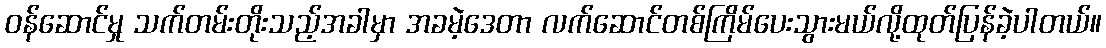
ဝန်ဆောင်မှု သက်တမ်းတိုးသည့်အခါမှာ အခမဲ့ဒေတာ လက်ဆောင်တစ်ကြိမ်ပေးသွားမယ်လို့ထုတ်ပြန်ခဲ့ပါတယ်။